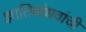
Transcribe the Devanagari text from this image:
ज्ञातिबांधवांची